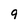
Character: 9